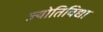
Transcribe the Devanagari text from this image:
ज्योतिविद्या